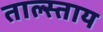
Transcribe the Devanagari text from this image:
ताल्स्ताय